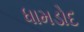
ધામડોદ